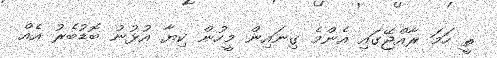
ތީ ހަމަ ރާއްޖޭގައި އެންމެ ގިނައިން މީހުން ކިޔާ އުޅުނު ބޮޑުބެރު އެއް